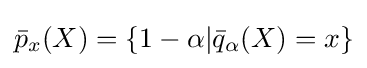
{\bar {p}}_{x}(X)=\{1-\alpha |{\bar {q}}_{\alpha }(X)=x\}